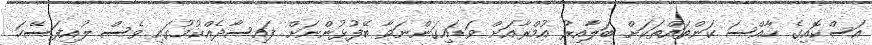
އަސްކޮއިގެ ހާއްސަ ކަންތައްތަކަށް ބަލާއިރު އުމްރާއަށް ވަޑައިގަންނަވާ ބޭފުޅުންނަށް ފައިސާދެއްކުމުގައި ވެސް ލުއިފަސޭހަ